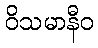
ဝိသမာနီဝ